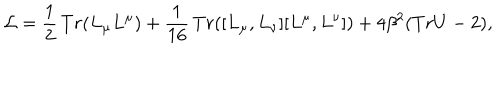
{ \cal L } = \frac { 1 } { 2 } \, T r ( L _ { \mu } L ^ { \mu } ) + \frac { 1 } { 1 6 } \, T r ( [ L _ { \mu } , L _ { \nu } ] [ L ^ { \mu } , L ^ { \nu } ] ) + 4 \beta ^ { 2 } ( T r U - 2 ) ,